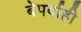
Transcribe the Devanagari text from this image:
बेपर्वाही